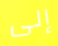
إلى